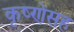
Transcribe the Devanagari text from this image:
कृष्णेसह